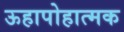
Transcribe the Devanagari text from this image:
ऊहापोहात्मक